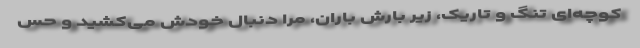
کوچه‌ای تنگ و تاریک، زیر بارش باران، مرا دنبال خودش می‌کشید و حس